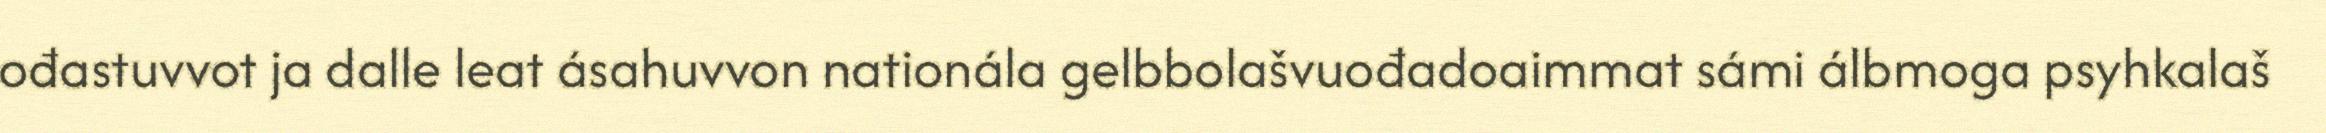
ođastuvvot ja dalle leat ásahuvvon nationála gelbbolašvuođadoaimmat sámi álbmoga psyhkalaš